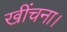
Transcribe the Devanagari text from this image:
खींचना।